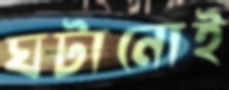
ঘটানোই